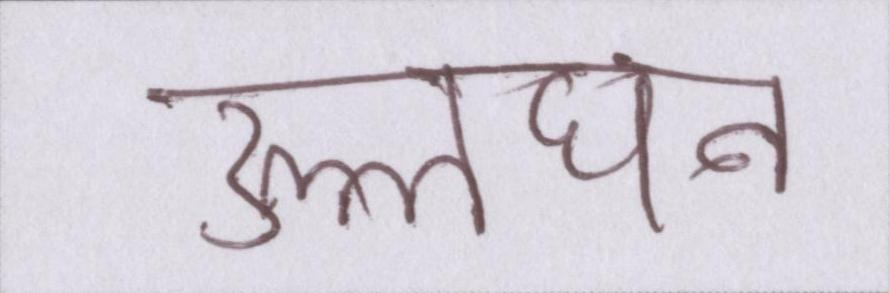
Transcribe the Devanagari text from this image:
उल्लंघन